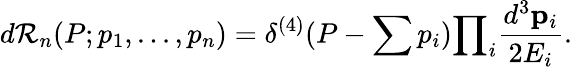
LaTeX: d{\cal R}_{n}(P;p_{1},...,p_{n})={\delta}^{(4)}(P-\sum{p_{i}}){\prod}_{i}{\frac{d^{3}{\mathbf p}_{i}}{2E_{i}}}.